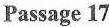
Passage 17